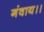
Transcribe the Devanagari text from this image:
गंवाय।।